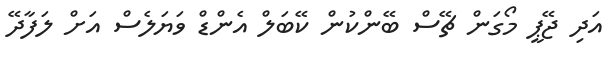
އަދި ޖޭޕީ މޯގަން ޗޭސް ބޭންކުން ކޭބަލް އެންޑް ވަޔަލެސް އަށް ލަފާދޭ